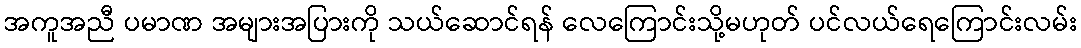
အကူအညီ ပမာဏ အများအပြားကို သယ်ဆောင်ရန် လေကြောင်းသို့မဟုတ် ပင်လယ်ရေကြောင်းလမ်း